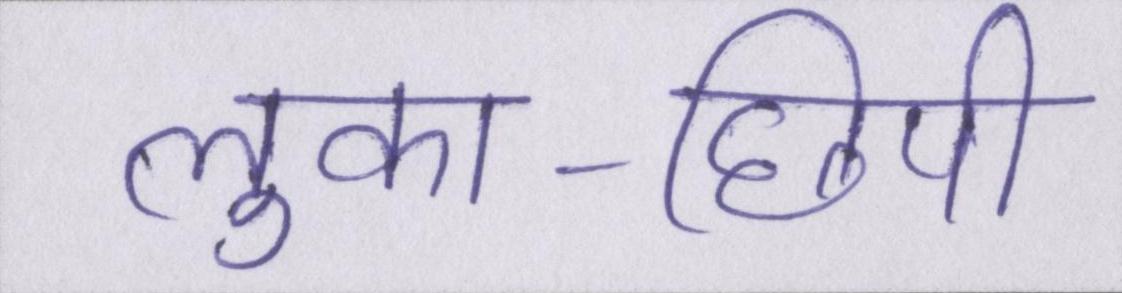
लुका-छिपी